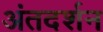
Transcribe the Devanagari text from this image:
अंतदर्शन